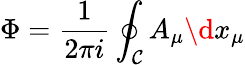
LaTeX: \Phi=\frac{1}{2\pi i}\oint_{\mathcal C}A_{\mu}\d x_{\mu}